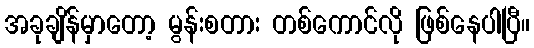
အခုချိန်မှာတော့ မွန်းစတား တစ်ကောင်လို ဖြစ်နေပါပြီ။